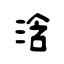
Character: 浛